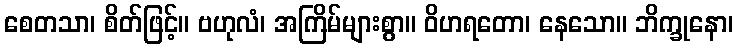
စေတသာ၊ စိတ်ဖြင့်။ ဗဟုလံ၊ အကြိမ်များစွာ။ ဝိဟရတော၊ နေသော။ ဘိက္ခုနော၊